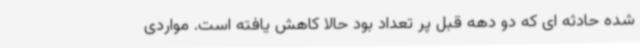
شده حادثه ای که دو دهه قبل پر تعداد بود حالا کاهش یافته است. مواردی